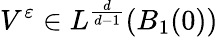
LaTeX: V^{\varepsilon}\in L^{\frac{d}{d-1}}(B_{1}(0))